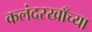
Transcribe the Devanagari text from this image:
कलंदरखाँच्या